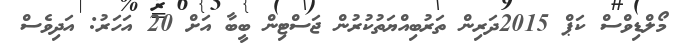
މޯލްޑިވްސް ކަޕް 2015ދަރިން ތަރުބިއްޔަތުކުރުން ޖަސްޓިން ބީބާ އަށް 20 އަހަރު: އަދިވެސް